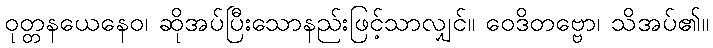
ဝုတ္တနယေနေဝ၊ ဆိုအပ်ပြီးသောနည်းဖြင့်သာလျှင်။ ဝေဒိတဗ္ဗော၊ သိအပ်၏။